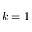
k = 1